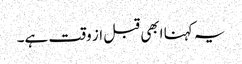
یہ کہنا ابھی قبل از وقت ہے۔